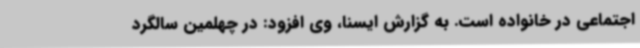
اجتماعی در خانواده است. به گزارش ایسنا، وی افزود: در چهلمین سالگرد